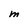
Character: M